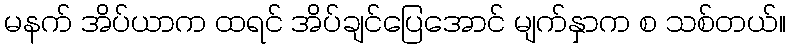
မနက် အိပ်ယာက ထရင် အိပ်ချင်ပြေအောင် မျက်နှာက စ သစ်တယ်။